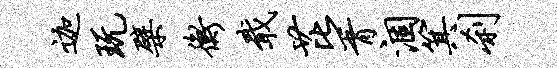
迦玩檗衡戢芘胥涸箕刹